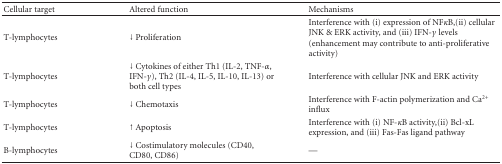
| Cellular target | Altered function | Mechanisms |
 | --- | --- | --- |
 | T-lymphocytes | ↓ Proliferation | Interference with (i) expression of NFκB,(ii) cellular JNK & ERK activity, and (iii) IFN-γ levels (enhancement may contribute to anti-proliferative activity) |
 | T-lymphocytes | ↓ Cytokines of either Th1 (IL-2, TNF-α, IFN-γ), Th2 (IL-4, IL-5, IL-10, IL-13) or both cell types | Interference with cellular JNK and ERK activity |
 | T-lymphocytes | ↓ Chemotaxis | Interference with F-actin polymerization and Ca2+ influx |
 | T-lymphocytes | ↑ Apoptosis | Interference with (i) NF-κB activity,(ii) Bcl-xL expression, and (iii) Fas-Fas ligand pathway |
 | B-lymphocytes | ↓ Costimulatory molecules (CD40, CD80, CD86) | — |